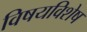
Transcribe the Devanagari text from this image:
विषयविशेष